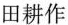
田耕作